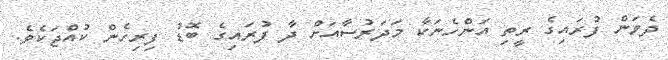
ދެވަން ފުރައިގެ ރީތި އަންހެނަކާ މަދަރުސާއަށް ދާ ފުރައިގެ ބޮޑު ފިރިހެން ކުއްޖަކެވެ.